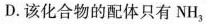
D.该化合物的配体只有NH_{3}